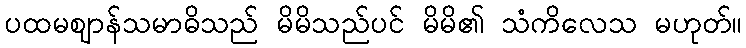
ပထမဈာန်သမာဓိသည် မိမိသည်ပင် မိမိ၏ သံကိလေသ မဟုတ်။